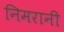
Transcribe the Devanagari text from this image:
निमरानी